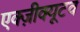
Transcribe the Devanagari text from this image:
एक्ज़ीक्यूटव